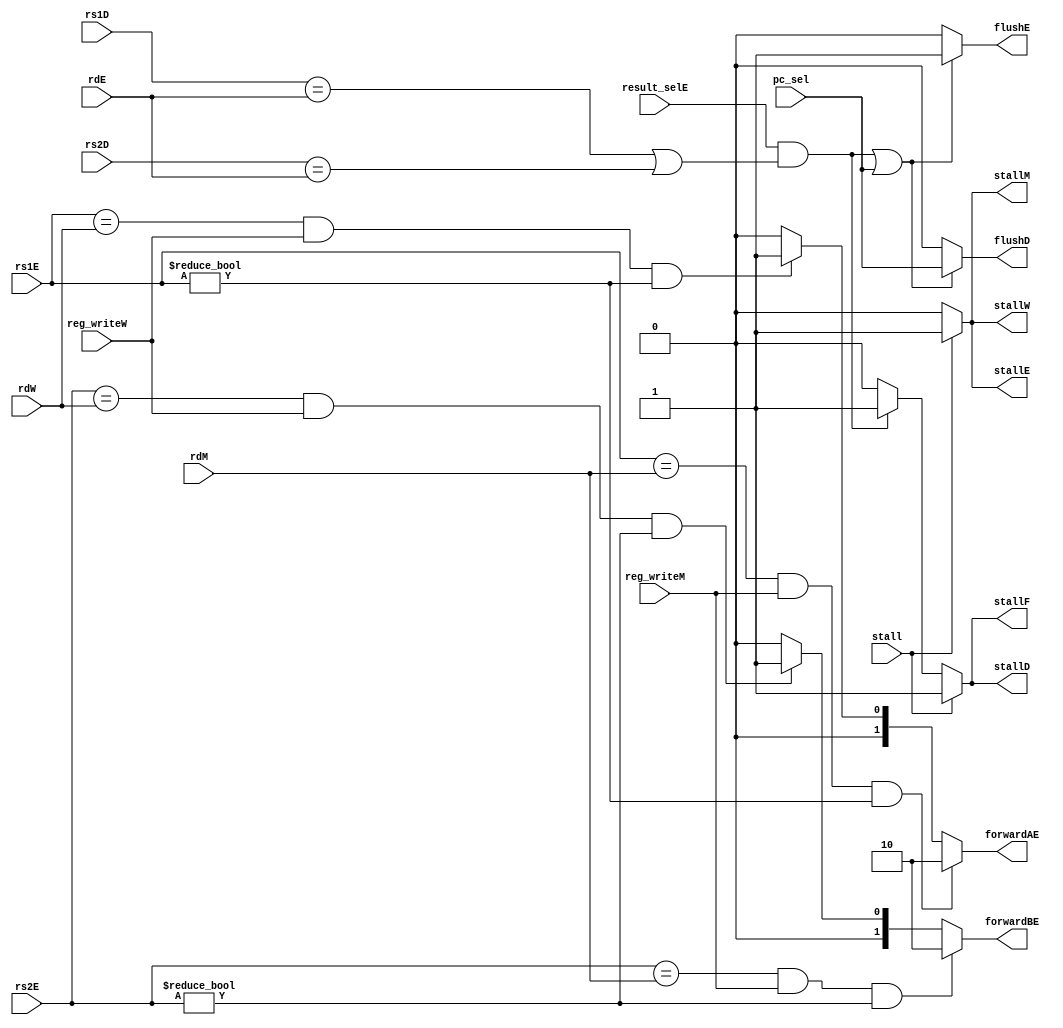
module hazerd_unit (rs1D,rs2D,rdE,rs1E,rs2E,pc_sel,result_selE,rdM,reg_writeM,rdW
					,reg_writeW,forwardAE,forwardBE,stallF,stallD,stallE,stallM
					,stallW,flushD,flushE,stall);

input pc_sel,result_selE,reg_writeM,reg_writeW,stall;
input [4:0] rdE,rdM,rdW,rs1D,rs2D,rs1E,rs2E;

output reg stallF,stallD,stallE,stallM,stallW,flushD,flushE;
output reg [1:0] forwardAE,forwardBE;

always@(*)
begin
	//------------------forward for data Hazerd----------------------------
	if (((rs1E == rdM) & reg_writeM) & (rs1E != 0)) 
		forwardAE = 2'b10;
	else if (((rs1E == rdW) & reg_writeW) & (rs1E != 0))
		forwardAE = 2'b01;
	else 
		forwardAE = 2'b00;
		
	if (((rs2E == rdM) & reg_writeM) & (rs2E != 0)) 
		forwardBE = 2'b10;
	else if (((rs2E == rdW) & reg_writeW) & (rs2E != 0))
		forwardBE = 2'b01;
	else 
		forwardBE = 2'b00;
	//--------------------------------------------------------------------
end

wire lwStall;
assign lwStall = result_selE/*[0]*/ & ((rs1D == rdE) | (rs2D == rdE));
always@(lwStall or pc_sel or stall)
begin
	if (stall)		//memory system stall
		begin
			stallF = 1'b1;
			stallD = 1'b1;
			stallE = 1'b1;
			stallM = 1'b1;
			stallW = 1'b1;
		end
	else
		begin
		//------------------stall for load Hazerd----------------------------
		if (lwStall == 1'b1)
			begin
				stallF = lwStall;
				stallD = lwStall;
				stallE = 1'b0;
				stallM = 1'b0;
				stallW = 1'b0;
			end	
		else 
			begin
				stallF = 1'b0;
				stallD = 1'b0;
				stallE = 1'b0;
				stallM = 1'b0;
				stallW = 1'b0;
			end
		end
	//--------------------------------------------------------------------
	flushE = 1'b0;
	flushD = 1'b0;
	
	//------------------flush for controls Hazerd----------------------------
	if ((lwStall | pc_sel)== 1'b1)
	begin
		flushD = pc_sel;
		flushE = lwStall | pc_sel;
	end
	//--------------------------------------------------------------------
end
endmodule